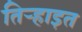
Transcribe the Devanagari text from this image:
तिर्‍हाइत